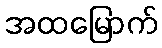
အထမြောက်